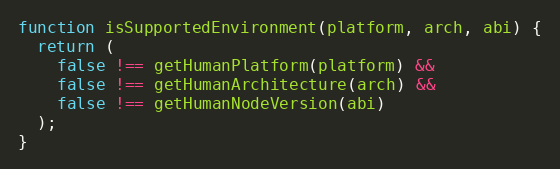
Language: JavaScript
function isSupportedEnvironment(platform, arch, abi) {
  return (
    false !== getHumanPlatform(platform) &&
    false !== getHumanArchitecture(arch) &&
    false !== getHumanNodeVersion(abi)
  );
}